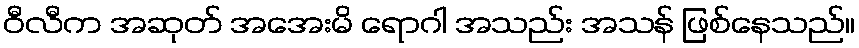
ဝီလီက အဆုတ် အအေးမိ ရောဂါ အသည်း အသန် ဖြစ်နေသည်။